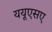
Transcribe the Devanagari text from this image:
ययूएसए